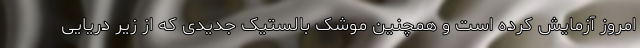
امروز آزمایش کرده است و همچنین موشک بالستیک جدیدی که از زیر دریایی